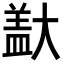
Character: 𪥞